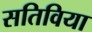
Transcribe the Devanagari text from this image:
सतिविया